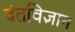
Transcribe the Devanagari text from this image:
दंतविज्ञान